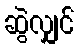
ဆွဲလျှင်